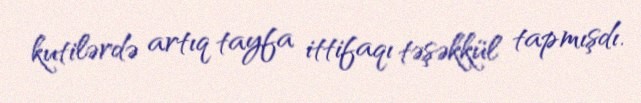
kutilərdə artıq tayfa ittifaqı təşəkkül tapmışdı.